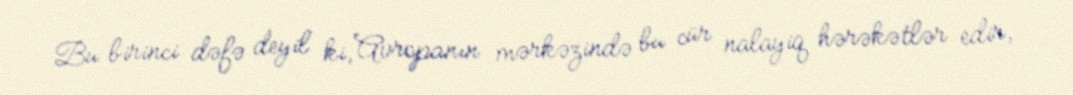
Bu birinci dəfə deyil ki, Avropanın mərkəzində bu cür nalayiq hərəkətlər edir,